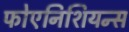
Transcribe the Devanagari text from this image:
फोएनिशियन्स